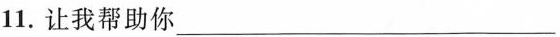
11.让我帮助你 ___